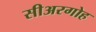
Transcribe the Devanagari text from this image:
सीअरगोह